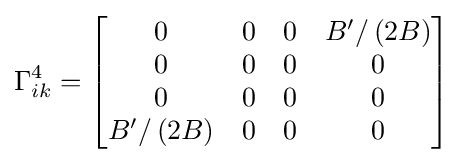
\Gamma _{ik}^{4}={\begin{bmatrix}0&0&0&B'/\left(2B\right)\\0&0&0&0\\0&0&0&0\\B'/\left(2B\right)&0&0&0\end{bmatrix}}